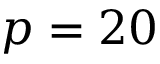
p = 2 0